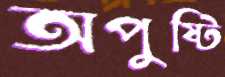
অপুষ্টি